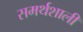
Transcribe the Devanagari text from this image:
समर्थशाली